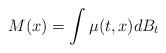
LaTeX: \begin{align*}M(x) = \int \mu(t,x)dB_t\end{align*}